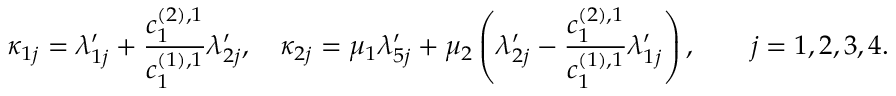
\kappa _ { 1 j } = \lambda _ { 1 j } ^ { \prime } + \frac { c _ { 1 } ^ { ( 2 ) , 1 } } { c _ { 1 } ^ { ( 1 ) , 1 } } \lambda _ { 2 j } ^ { \prime } , \quad \kappa _ { 2 j } = \mu _ { 1 } \lambda _ { 5 j } ^ { \prime } + \mu _ { 2 } \left( \lambda _ { 2 j } ^ { \prime } - \frac { c _ { 1 } ^ { ( 2 ) , 1 } } { c _ { 1 } ^ { ( 1 ) , 1 } } \lambda _ { 1 j } ^ { \prime } \right) , \qquad j = 1 , 2 , 3 , 4 .